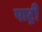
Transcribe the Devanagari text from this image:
पाट्री